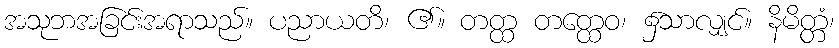
အသုဘအခြင်းအရာသည်။ ပညာယတိ၊ ၏။ တတ္ထ တတ္ထေဝ၊ ၌သာလျှင်။ နိမိတ္တံ၊